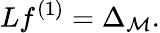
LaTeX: Lf^{(1)}=\Delta_{\mathcal{M}}.